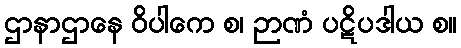
ဌာနာဌာနေ ဝိပါကေ စ၊ ဉာဏံ ပဋိပဒါယ စ။